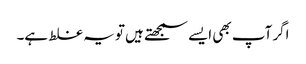
اگر آپ بھی ایسے سمجھتے ہیں تو یہ غلط ہے۔